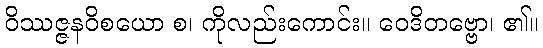
ဝိဿဇ္ဇနဝိစယော စ၊ ကိုလည်းကောင်း။ ဝေဒိတဗ္ဗော၊ ၏။